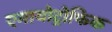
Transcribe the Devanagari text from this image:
एमायोट्रोफिक